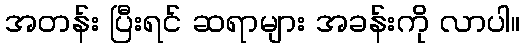
အတန်း ပြီးရင် ဆရာများ အခန်းကို လာပါ။